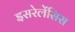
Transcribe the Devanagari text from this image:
इसरेलेंसिस